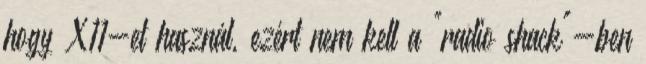
hogy X11-et használ, ezért nem kell a "radio shack"-ben